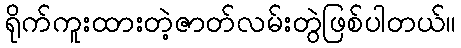
ရိုက်ကူးထားတဲ့ဇာတ်လမ်းတွဲဖြစ်ပါတယ်။